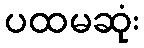
ပထမဆုံး